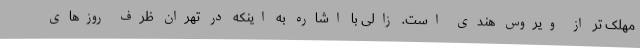
مهلک تر از ویروس هندی است. زالی با اشاره به اینکه در تهران ظرف روزهای